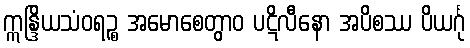
ဣန္ဒြိယသံဝရဉ္စ အမောစေတွာဝ ပဋိလီနော အပိစဿ ပိယင်္ဂု